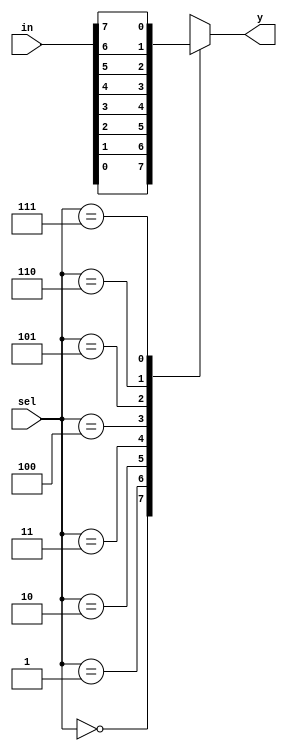
`timescale 1ns / 1ps

module mux_8x1(y,in,sel);
input [7:0]in;
input [2:0]sel;
output reg y;

always @(in or sel)
begin
	case(sel)
		3'b000: y=in[0];
		3'b001: y=in[1];
		3'b010: y=in[2];
		3'b011: y=in[3];
		3'b100: y=in[4];
		3'b101: y=in[5];
		3'b110: y=in[6];
		3'b111: y=in[7];
		default : y=1'b0;
	endcase
end
endmodule